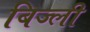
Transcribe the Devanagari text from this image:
बिज्ली